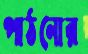
পাঠনোর